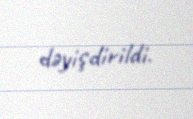
dəyişdirildi.